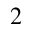
_ 2